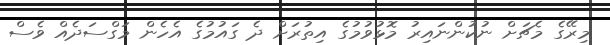
މިރޭގެ މެޗަށް ނުކުންނައިރު މޮޅުވުމުގެ އިތުރަށް ދެ ގައުމުގެ އެހެން މަގްސަދެއް ވެސް